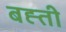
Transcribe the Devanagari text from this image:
बह्ती